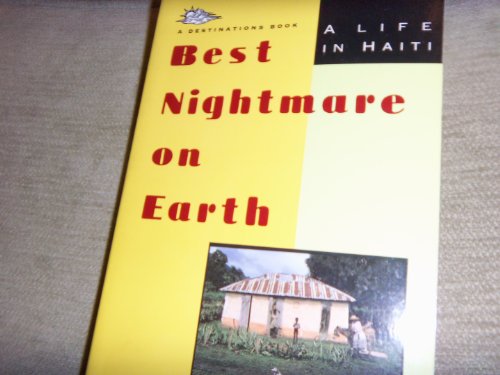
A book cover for Best Nightmare on Earth: A Life in Haiti (Destinations); Herbert Gold; Travel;